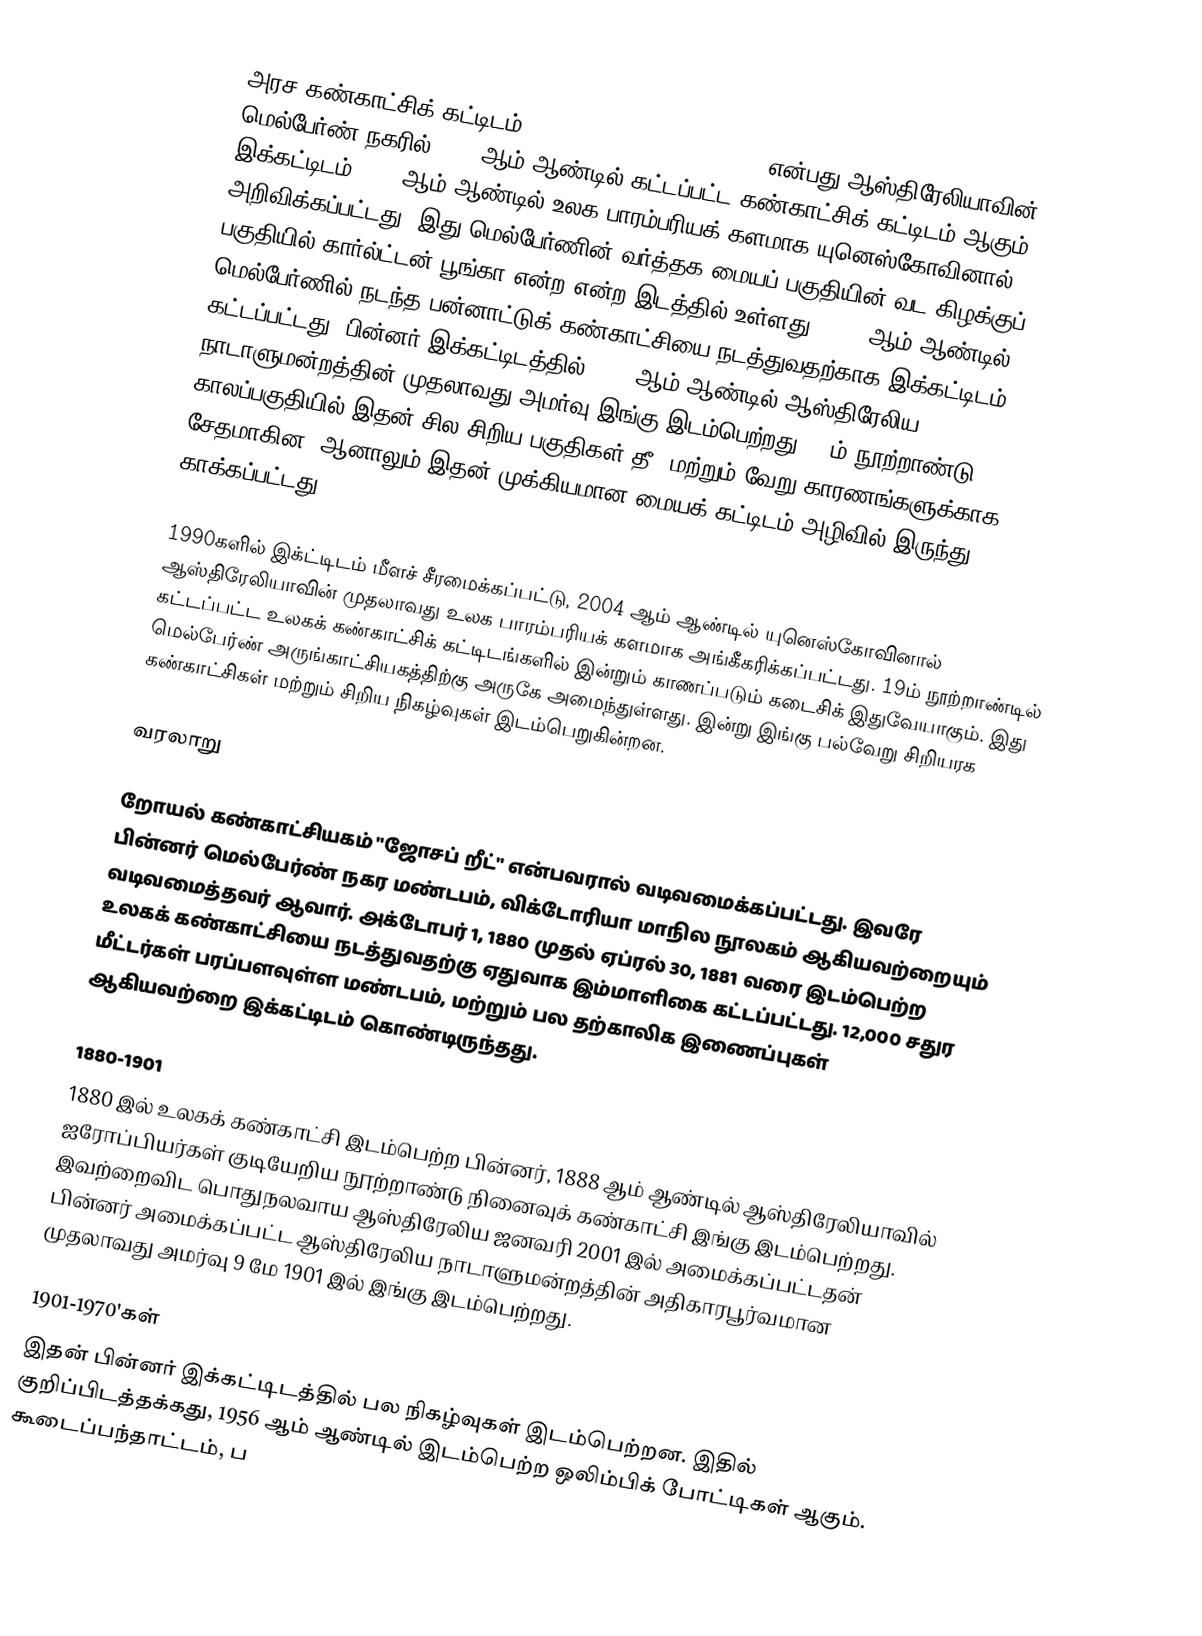
அரச கண்காட்சிக் கட்டிடம் (Royal Exhibition Building) என்பது ஆஸ்திரேலியாவின் மெல்பேர்ண் நகரில் 1880 ஆம் ஆண்டில் கட்டப்பட்ட கண்காட்சிக் கட்டிடம் ஆகும். இக்கட்டிடம் 2004 ஆம் ஆண்டில் உலக பாரம்பரியக் களமாக யுனெஸ்கோவினால் அறிவிக்கப்பட்டது. இது மெல்பேர்ணின் வர்த்தக மையப் பகுதியின் வட-கிழக்குப் பகுதியில் கார்ல்ட்டன் பூங்கா என்ற என்ற இடத்தில் உள்ளது. 1880 ஆம் ஆண்டில் மெல்பேர்ணில் நடந்த பன்னாட்டுக் கண்காட்சியை நடத்துவதற்காக இக்கட்டிடம் கட்டப்பட்டது. பின்னர் இக்கட்டிடத்தில் 1901 ஆம் ஆண்டில் ஆஸ்திரேலிய நாடாளுமன்றத்தின் முதலாவது அமர்வு இங்கு இடம்பெற்றது. 20ம் நூற்றாண்டு காலப்பகுதியில் இதன் சில சிறிய பகுதிகள் தீ, மற்றும் வேறு காரணங்களுக்காக சேதமாகின. ஆனாலும் இதன் முக்கியமான மையக் கட்டிடம் அழிவில் இருந்து காக்கப்பட்டது.

1990களில் இக்ட்டிடம் மீளச் சீரமைக்கப்பட்டு, 2004 ஆம் ஆண்டில் யுனெஸ்கோவினால் ஆஸ்திரேலியாவின் முதலாவது உலக பாரம்பரியக் களமாக அங்கீகரிக்கப்பட்டது. 19ம் நூற்றாண்டில் கட்டப்பட்ட உலகக் கண்காட்சிக் கட்டிடங்களில் இன்றும் காணப்படும் கடைசிக் இதுவேயாகும். இது மெல்பேர்ண் அருங்காட்சியகத்திற்கு அருகே அமைந்துள்ளது. இன்று இங்கு பல்வேறு சிறியரக கண்காட்சிகள் மற்றும் சிறிய நிகழ்வுகள் இடம்பெறுகின்றன.

வரலாறு

றோயல் கண்காட்சியகம் "ஜோசப் றீட்" என்பவரால் வடிவமைக்கப்பட்டது. இவரே பின்னர் மெல்பேர்ண் நகர மண்டபம், விக்டோரியா மாநில நூலகம் ஆகியவற்றையும் வடிவமைத்தவர் ஆவார். அக்டோபர் 1, 1880 முதல் ஏப்ரல் 30, 1881 வரை இடம்பெற்ற உலகக் கண்காட்சியை நடத்துவதற்கு ஏதுவாக இம்மாளிகை கட்டப்பட்டது. 12,000 சதுர மீட்டர்கள் பரப்பளவுள்ள மண்டபம், மற்றும் பல தற்காலிக இணைப்புகள் ஆகியவற்றை இக்கட்டிடம் கொண்டிருந்தது.

1880-1901
1880 இல் உலகக் கண்காட்சி இடம்பெற்ற பின்னர், 1888 ஆம் ஆண்டில் ஆஸ்திரேலியாவில் ஐரோப்பியர்கள் குடியேறிய நூற்றாண்டு நினைவுக் கண்காட்சி இங்கு இடம்பெற்றது. இவற்றைவிட பொதுநலவாய ஆஸ்திரேலிய ஜனவரி 2001 இல் அமைக்கப்பட்டதன் பின்னர் அமைக்கப்பட்ட ஆஸ்திரேலிய நாடாளுமன்றத்தின் அதிகாரபூர்வமான முதலாவது அமர்வு 9 மே 1901 இல் இங்கு இடம்பெற்றது.

1901-1970'கள்
இதன் பின்னர் இக்கட்டிடத்தில் பல நிகழ்வுகள் இடம்பெற்றன. இதில் குறிப்பிடத்தக்கது, 1956 ஆம் ஆண்டில் இடம்பெற்ற ஒலிம்பிக் போட்டிகள் ஆகும். கூடைப்பந்தாட்டம், ப